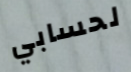
لحسابي